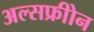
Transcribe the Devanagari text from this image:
अल्सफ्रीोन